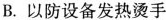
B.以防设备发热烫手